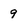
Character: 9